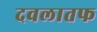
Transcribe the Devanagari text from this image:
दवलातफ